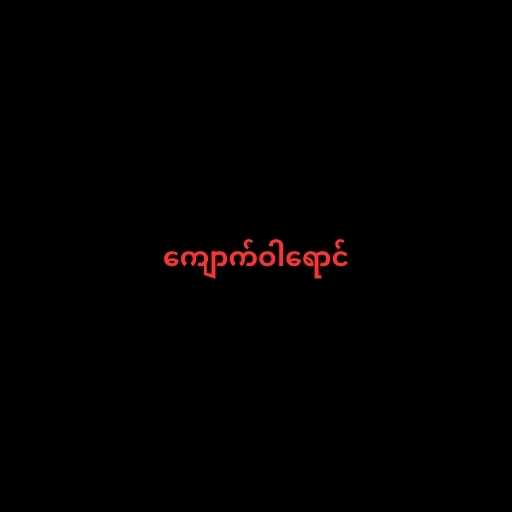
ကျောက်ဝါရောင်